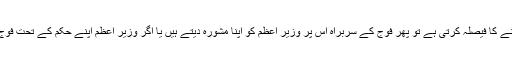
اور اگر حکومت فوج بلانے کا فیصلہ کرتی ہے تو پھر فوج کے سربراہ اس پر وزیر اعظم کو اپنا مشورہ دیتے ہیں یا اگر وزیر اعظم اپنے حکم کے تحت فوج کو طلب کر سکتے ہیں۔